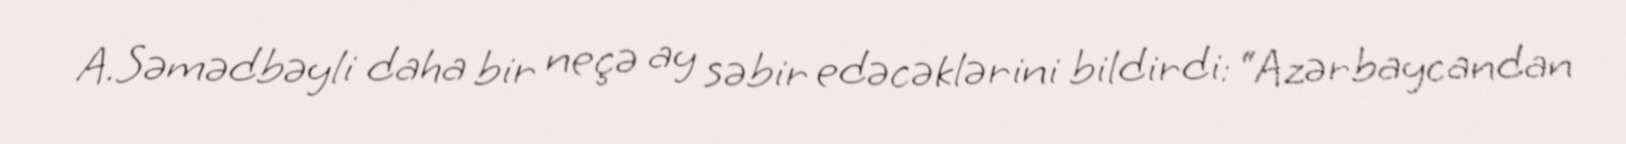
A.Səmədbəyli daha bir neçə ay səbir edəcəklərini bildirdi: “Azərbaycandan